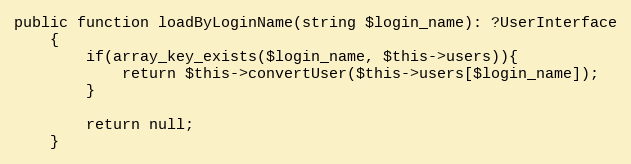
Language: PHP
public function loadByLoginName(string $login_name): ?UserInterface
    {
        if(array_key_exists($login_name, $this->users)){
            return $this->convertUser($this->users[$login_name]);
        }

        return null;
    }